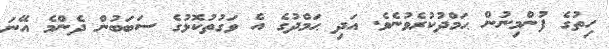
ހިތުގެ ފުންމިނުން ޙަމްދުކުރެވުނެވެ. އަދި ޙަމްދުގެ އެ ވަގުތުކޮޅުގެ ސަބަބުން ދެންމެ އޭނަ